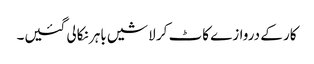
کار کے دروازے کاٹ کر لاشیں باہر نکالی گئیں۔